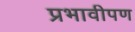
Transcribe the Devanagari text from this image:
प्रभावीपण